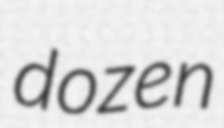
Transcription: dozen